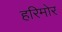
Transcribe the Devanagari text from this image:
हरिमोर